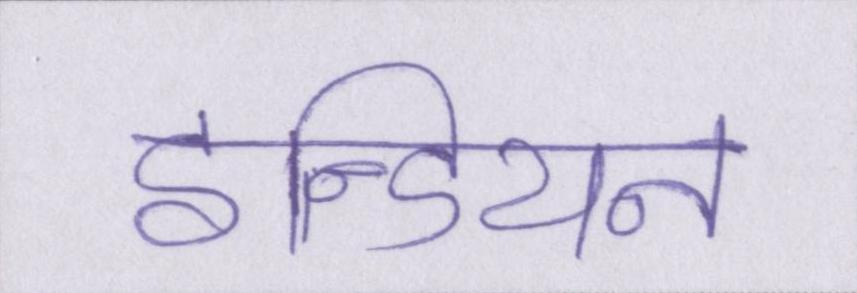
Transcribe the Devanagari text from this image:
इन्डियन